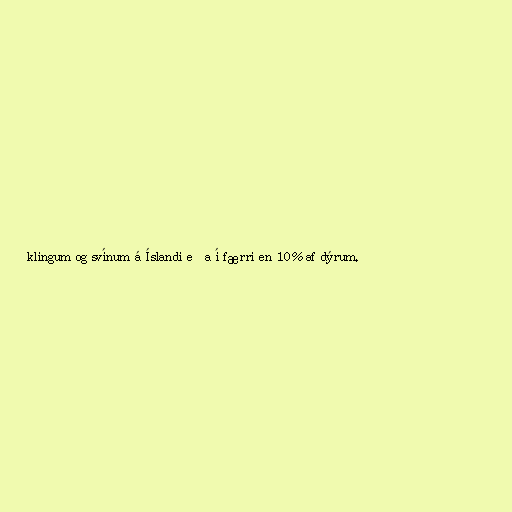
klingum og svínum á Íslandi eða í færri en 10% af dýrum.